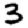
Digit: 3